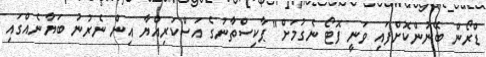
ޑްރޯން ބޭނުންކޮށްފައި ވަނީ ފޮޓޯ ނެގުމަށް" ޕާކިސްތާނުގެ އަސްކަރިއްޔާ އިން ނެރުނު ބަޔާނެއްގައި